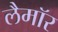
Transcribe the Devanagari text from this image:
लैमॉर